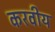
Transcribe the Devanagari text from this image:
करवीय